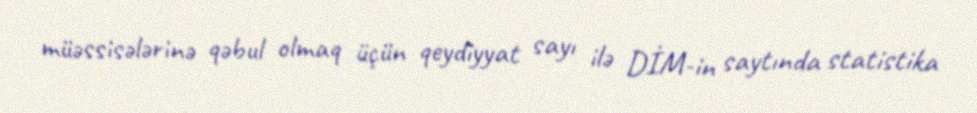
müəssisələrinə qəbul olmaq üçün qeydiyyat sayı ilə DİM-in saytında statistika